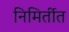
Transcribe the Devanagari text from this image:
निमिर्तीत